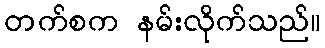
တက်စက နမ်းလိုက်သည်။